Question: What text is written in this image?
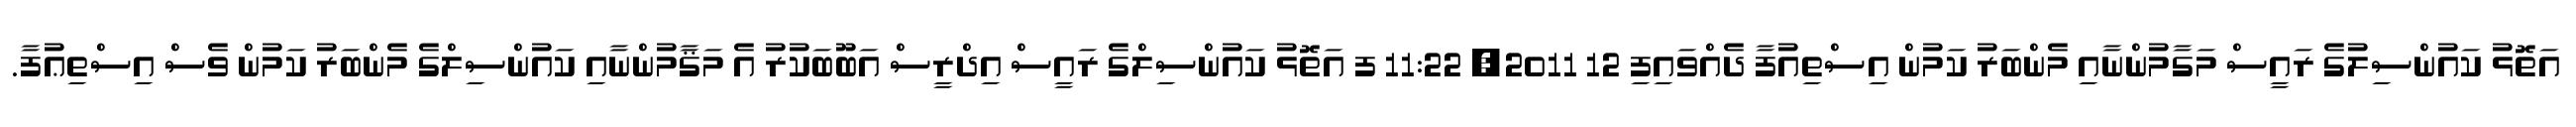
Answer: އަތޮޅު ކައުންސިލުގެ ރައީސް މަގާމުންނާއި މެންބަރު ކަމުން އިސްތިއުފާ ދެއްވައިފި 12 2011, 11:22 ފ އަތޮޅު ކައުންސިލްގެ ރައީސް އިދްރީސް އަބޫބަކުރު އެ މަޤާމުންނާއި ކައުންސިލްގެ މެންބަރު ކަމުން ވެސް އިސްތިޢުފާ.